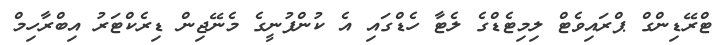
ޓްރޭޑިންގް ޕްރައިވެޓް ލިމިޓެޑްގެ ލެޓާ ހެޑްގައި އެ ކުންފުނީގެ މެނޭޖިން ޑިރެކްޓަރު އިބްރާހިމް